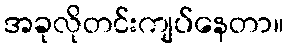
အခုလိုတင်းကျပ်နေတာ။